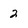
Character: 2